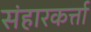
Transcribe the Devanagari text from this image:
संहारकर्त्ता